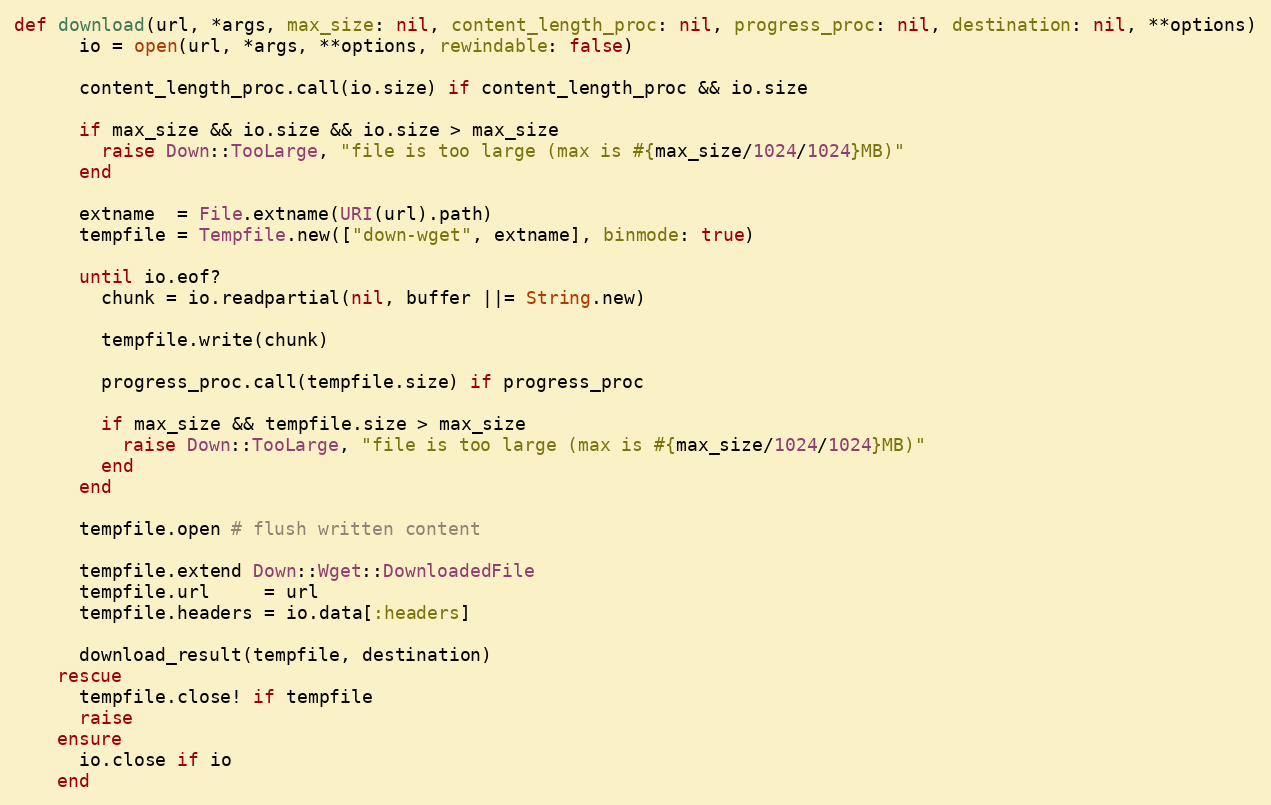
Language: Ruby
def download(url, *args, max_size: nil, content_length_proc: nil, progress_proc: nil, destination: nil, **options)
      io = open(url, *args, **options, rewindable: false)

      content_length_proc.call(io.size) if content_length_proc && io.size

      if max_size && io.size && io.size > max_size
        raise Down::TooLarge, "file is too large (max is #{max_size/1024/1024}MB)"
      end

      extname  = File.extname(URI(url).path)
      tempfile = Tempfile.new(["down-wget", extname], binmode: true)

      until io.eof?
        chunk = io.readpartial(nil, buffer ||= String.new)

        tempfile.write(chunk)

        progress_proc.call(tempfile.size) if progress_proc

        if max_size && tempfile.size > max_size
          raise Down::TooLarge, "file is too large (max is #{max_size/1024/1024}MB)"
        end
      end

      tempfile.open # flush written content

      tempfile.extend Down::Wget::DownloadedFile
      tempfile.url     = url
      tempfile.headers = io.data[:headers]

      download_result(tempfile, destination)
    rescue
      tempfile.close! if tempfile
      raise
    ensure
      io.close if io
    end